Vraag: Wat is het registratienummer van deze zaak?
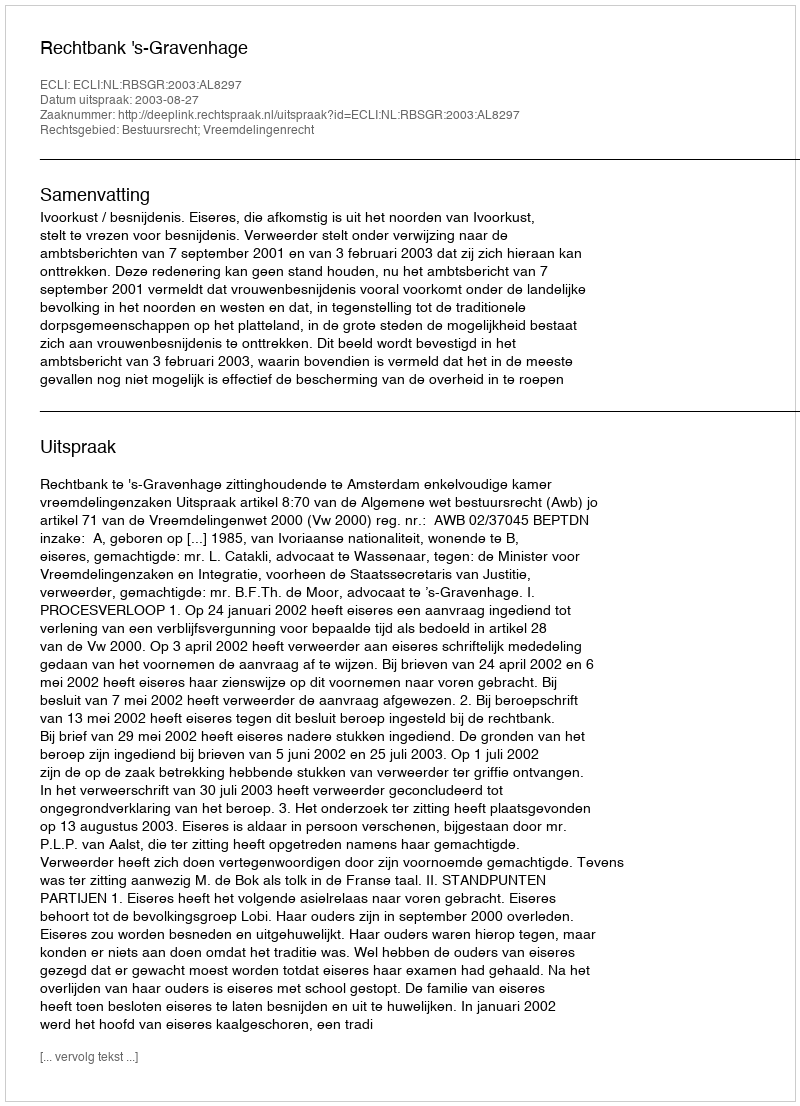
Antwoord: http://deeplink.rechtspraak.nl/uitspraak?id=ECLI:NL:RBSGR:2003:AL8297